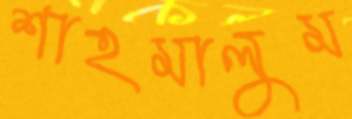
শাহমালুম